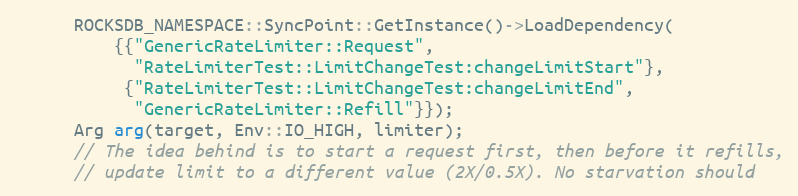
Language: C++
      ROCKSDB_NAMESPACE::SyncPoint::GetInstance()->LoadDependency(
          {{"GenericRateLimiter::Request",
            "RateLimiterTest::LimitChangeTest:changeLimitStart"},
           {"RateLimiterTest::LimitChangeTest:changeLimitEnd",
            "GenericRateLimiter::Refill"}});
      Arg arg(target, Env::IO_HIGH, limiter);
      // The idea behind is to start a request first, then before it refills,
      // update limit to a different value (2X/0.5X). No starvation should